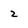
Character: 2